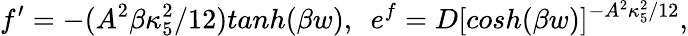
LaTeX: f^{\prime}=-(A^{2}\beta\kappa_{5}^{2}/12)tanh(\beta w),~~e^{f}=D[cosh(\beta w)]^{-A^{2}\kappa_{5}^{2}/12},